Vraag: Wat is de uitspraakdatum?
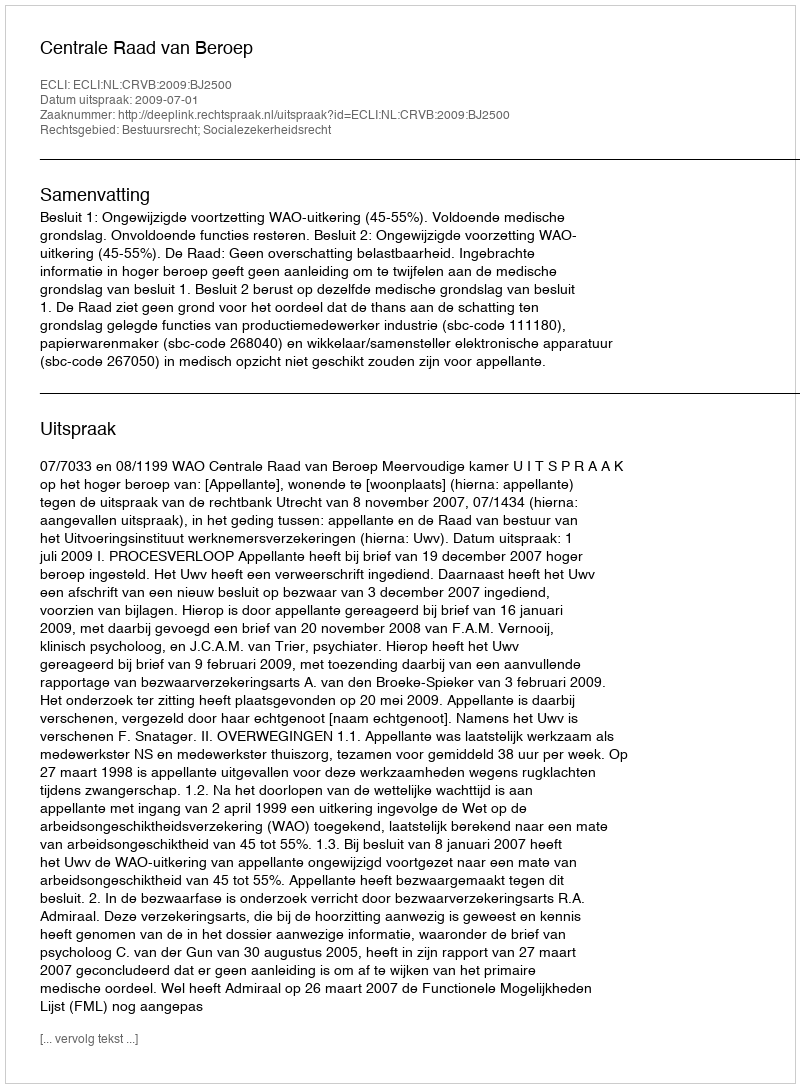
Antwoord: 2009-07-01